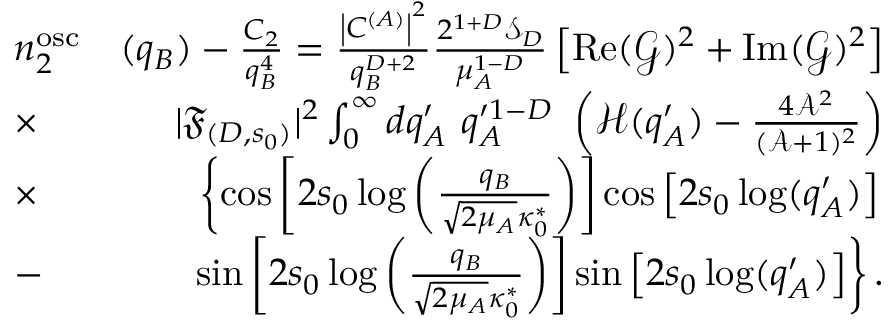
\begin{array} { r l r } & { n _ { 2 } ^ { \mathrm { o s c } } } & { ( q _ { B } ) - \frac { C _ { 2 } } { q _ { B } ^ { 4 } } = \frac { \left| C ^ { ( A ) } \right| ^ { 2 } } { q _ { B } ^ { D + 2 } } \frac { 2 ^ { 1 + D } \mathcal { S } _ { D } } { \mu _ { A } ^ { 1 - D } } \left[ \operatorname { R e } ( \mathcal { G } ) ^ { 2 } + \operatorname { I m } ( \mathcal { G } ) ^ { 2 } \right] } \\ & { \times } & { | \mathfrak { F } _ { ( D , s _ { 0 } ) } | ^ { 2 } \int _ { 0 } ^ { \infty } d q _ { A } ^ { \prime } \ q _ { A } ^ { \prime 1 - D } \ \left( \mathcal { H } ( q _ { A } ^ { \prime } ) - \frac { 4 \mathcal { A } ^ { 2 } } { ( \mathcal { A } + 1 ) ^ { 2 } } \right) } \\ & { \times } & { \left\{ \cos \left[ 2 s _ { 0 } \log \left( { \frac { q _ { B } } { \sqrt { 2 \mu _ { A } } \kappa _ { 0 } ^ { * } } } \right) \right] \cos \left[ 2 s _ { 0 } \log ( q _ { A } ^ { \prime } ) \right] \right. } \\ & { - } & { \left. \sin \left[ 2 s _ { 0 } \log \left( \frac { q _ { B } } { \sqrt { 2 \mu _ { A } } \kappa _ { 0 } ^ { * } } \right) \right] \sin \left[ 2 s _ { 0 } \log ( { q _ { A } ^ { \prime } ) } \right] \right\} . } \end{array}